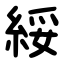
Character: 綏